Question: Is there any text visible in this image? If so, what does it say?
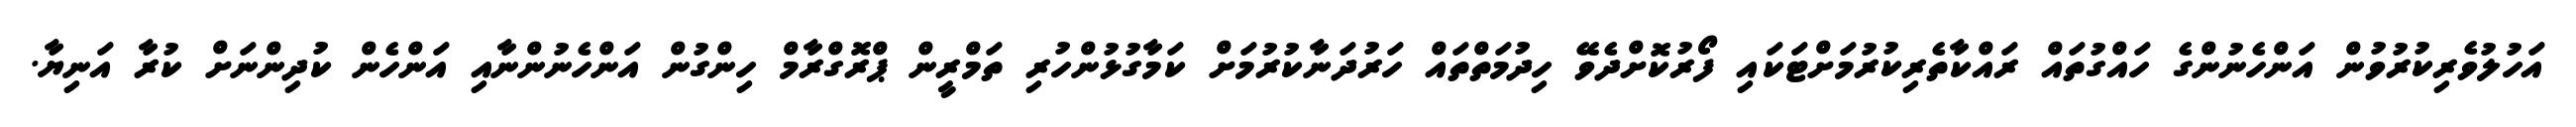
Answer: އަހުލުވެރިކުރުވުން އަންހެނުންގެ ހައްގުތައް ރައްކާތެރިކުރުމަށްޓަކައި ފޯރުކޮށްދެވޭ ހިދުމަތްތައް ހަރުދަނާކުރުމަށް ކަމާގުޅުންހުރި ތަމްރީން ޕްރޮގްރާމް ހިންގުން އަންހެނުންނާއި އަންހެން ކުދިންނަށް ކުރާ އަނިޔާ.